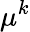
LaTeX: \mu^{k}